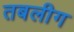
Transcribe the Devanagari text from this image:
तबलीग